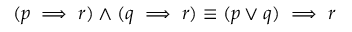
( p \implies r ) \wedge ( q \implies r ) \equiv ( p \vee q ) \implies r